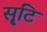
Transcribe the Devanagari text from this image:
सृ्टि